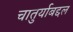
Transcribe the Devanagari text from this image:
चातुर्याबद्दल